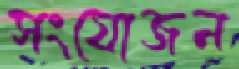
সংযোজন